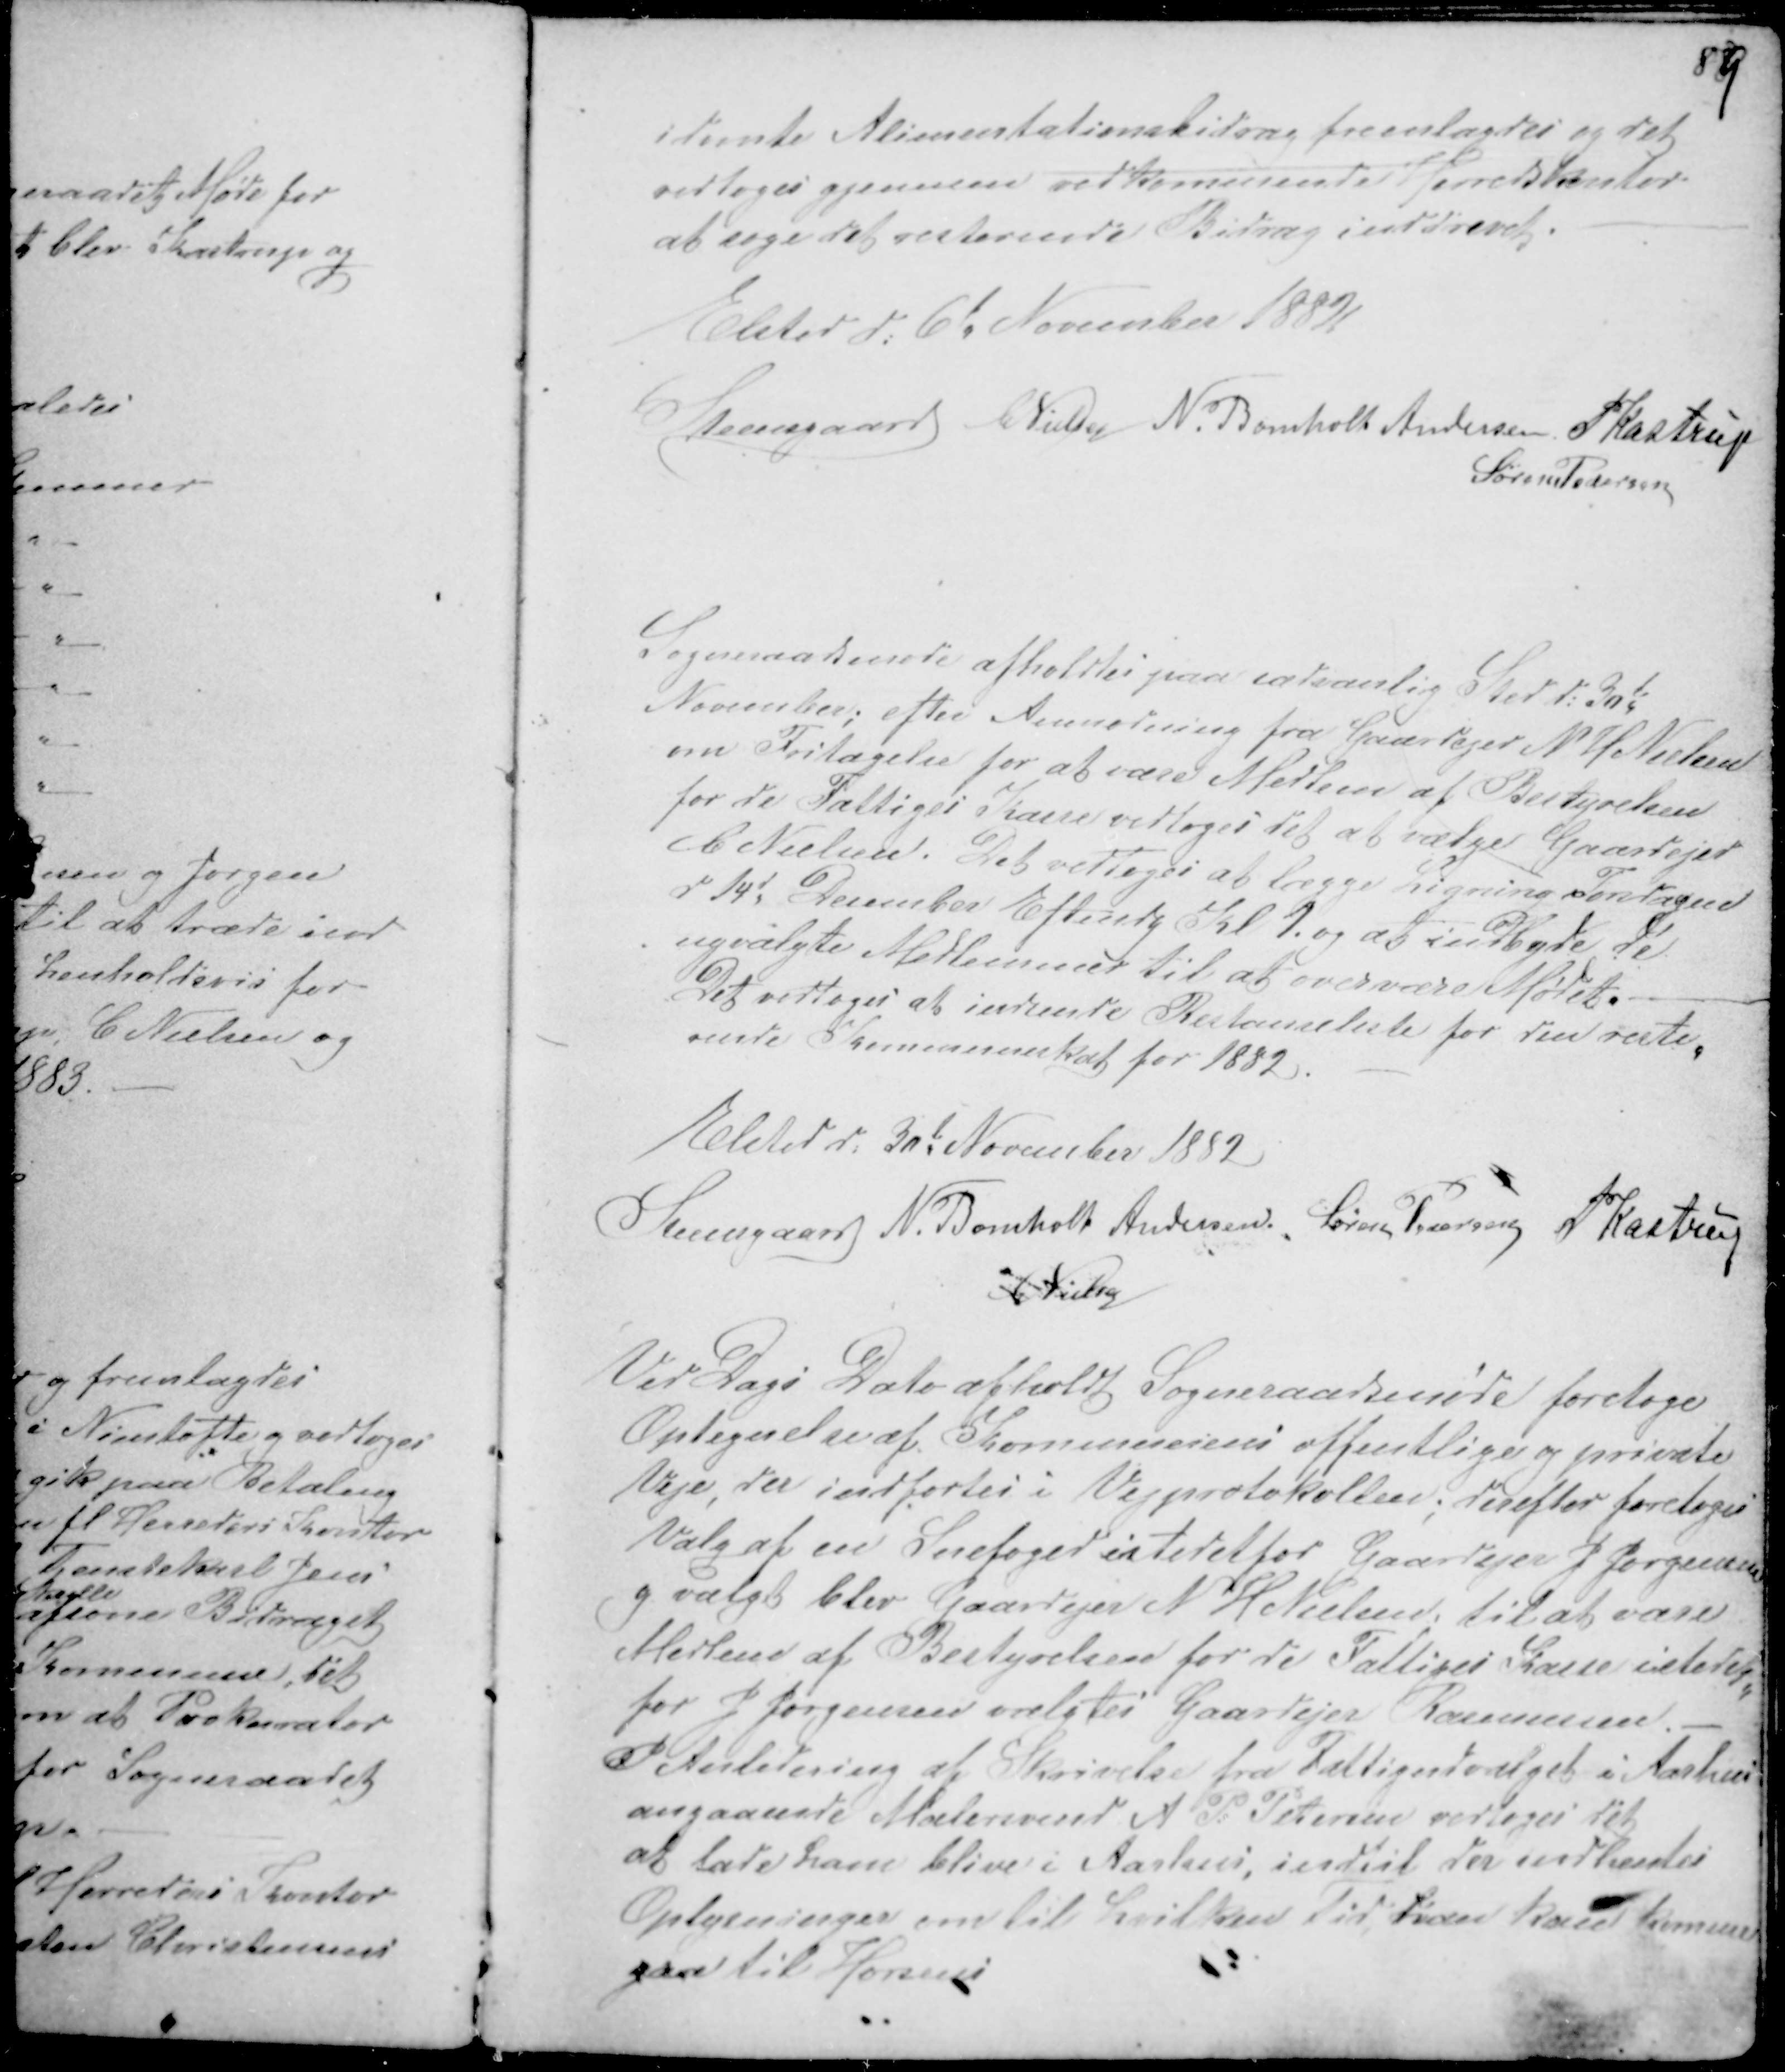
Transskription:
idømte Alimentationsbidrag fremlagdes og det
vedtoges gjennem vedkommende Herredskontor
at søge det resterende Bidrag inddrevet. -
Elsted d: 6t November 1882
Steensgaard CNielsen N. Bomholt Andersen PKastrup
Søren Pedersen

Sogneraadsmøde afholdtes sædvanlig Sted d: 30te
November; efter Anmodning fra Gaardejer N H Nielsen
om Fritagelse for at være Medlem af Bestyrelsen
for de Fattiges Kasse vedtoges det at vælge Gaardejer
C Nielsen. Det vedtoges at lægge Ligning Torsdagen
d 14d December Eftermdg Kl 1, og indbyde de
nyvalgte Medlemmer til at overvære Mødet.
Det vedtoges at indsende Restanseliste for den reste-
rende Kommuneskat for 1882. -
Elsted d: 30t November 1882
Steensgaard N. Bomholt Andersen. Søren Pedersen PKastrup
C Nielsen

Ved Dags Dato afholdte Sogneraadsmøde foretoges
Optegnelse af Kommunens offentlige og private
Veje, der indførtes i Vejprotokollen; derefter foretoges
Valg af en Snefoged istedetfor Gaardejer J Jørgensen
g valgt blev Gaardejer N H Nielsen, til at være
Medlem af Bestyrelsen for de Fattiges Kasse istedet-
for J Jørgensen valgtes Gaardejer Rasmussen. -
I Anledning af Skrivelse fra Fattigudvalget i Aarhus
angaaende Malersvend A P: Petersen vedtoges det
at lade ham blive i Aarhus, indtil der indhentes
Oplysninger om til hvilken Tid han kan komme
gaa til Horsens